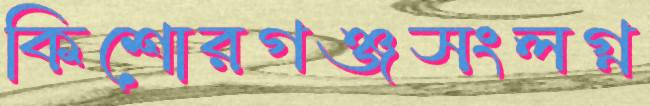
কিশোরগঞ্জসংলগ্ন